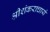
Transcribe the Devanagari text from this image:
श्रीशंकराचार्य